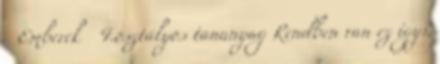
Emberek 4.osztályos tananyag Rendben van ez így?